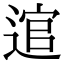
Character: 逭